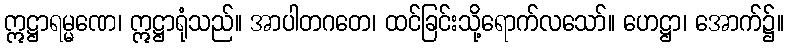
ဣဋ္ဌာရမ္မဏေ၊ ဣဋ္ဌာရုံသည်။ အာပါတဂတေ၊ ထင်ခြင်းသို့ရောက်လသော်။ ဟေဋ္ဌာ၊ အောက်၌။